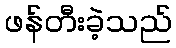
ဖန်တီးခဲ့သည်